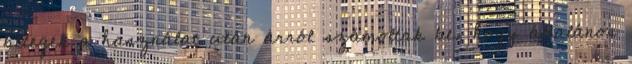
betegek a használat után arról számoltak be, hogy általános